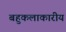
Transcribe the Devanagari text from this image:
बहुकलाकारीय